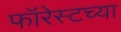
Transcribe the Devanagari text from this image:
फॉरेस्टच्या